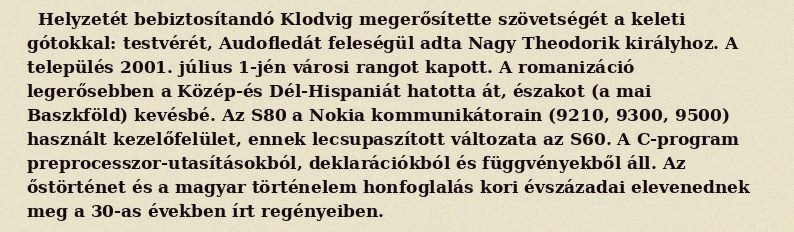
Helyzetét bebiztosítandó Klodvig megerősítette szövetségét a keleti gótokkal: testvérét, Audofledát feleségül adta Nagy Theodorik királyhoz. A település 2001. július 1-jén városi rangot kapott. A romanizáció legerősebben a Közép-és Dél-Hispaniát hatotta át, északot (a mai Baszkföld) kevésbé. Az S80 a Nokia kommunikátorain (9210, 9300, 9500) használt kezelőfelület, ennek lecsupaszított változata az S60. A C-program preprocesszor-utasításokból, deklarációkból és függvényekből áll. Az őstörténet és a magyar történelem honfoglalás kori évszázadai elevenednek meg a 30-as években írt regényeiben.